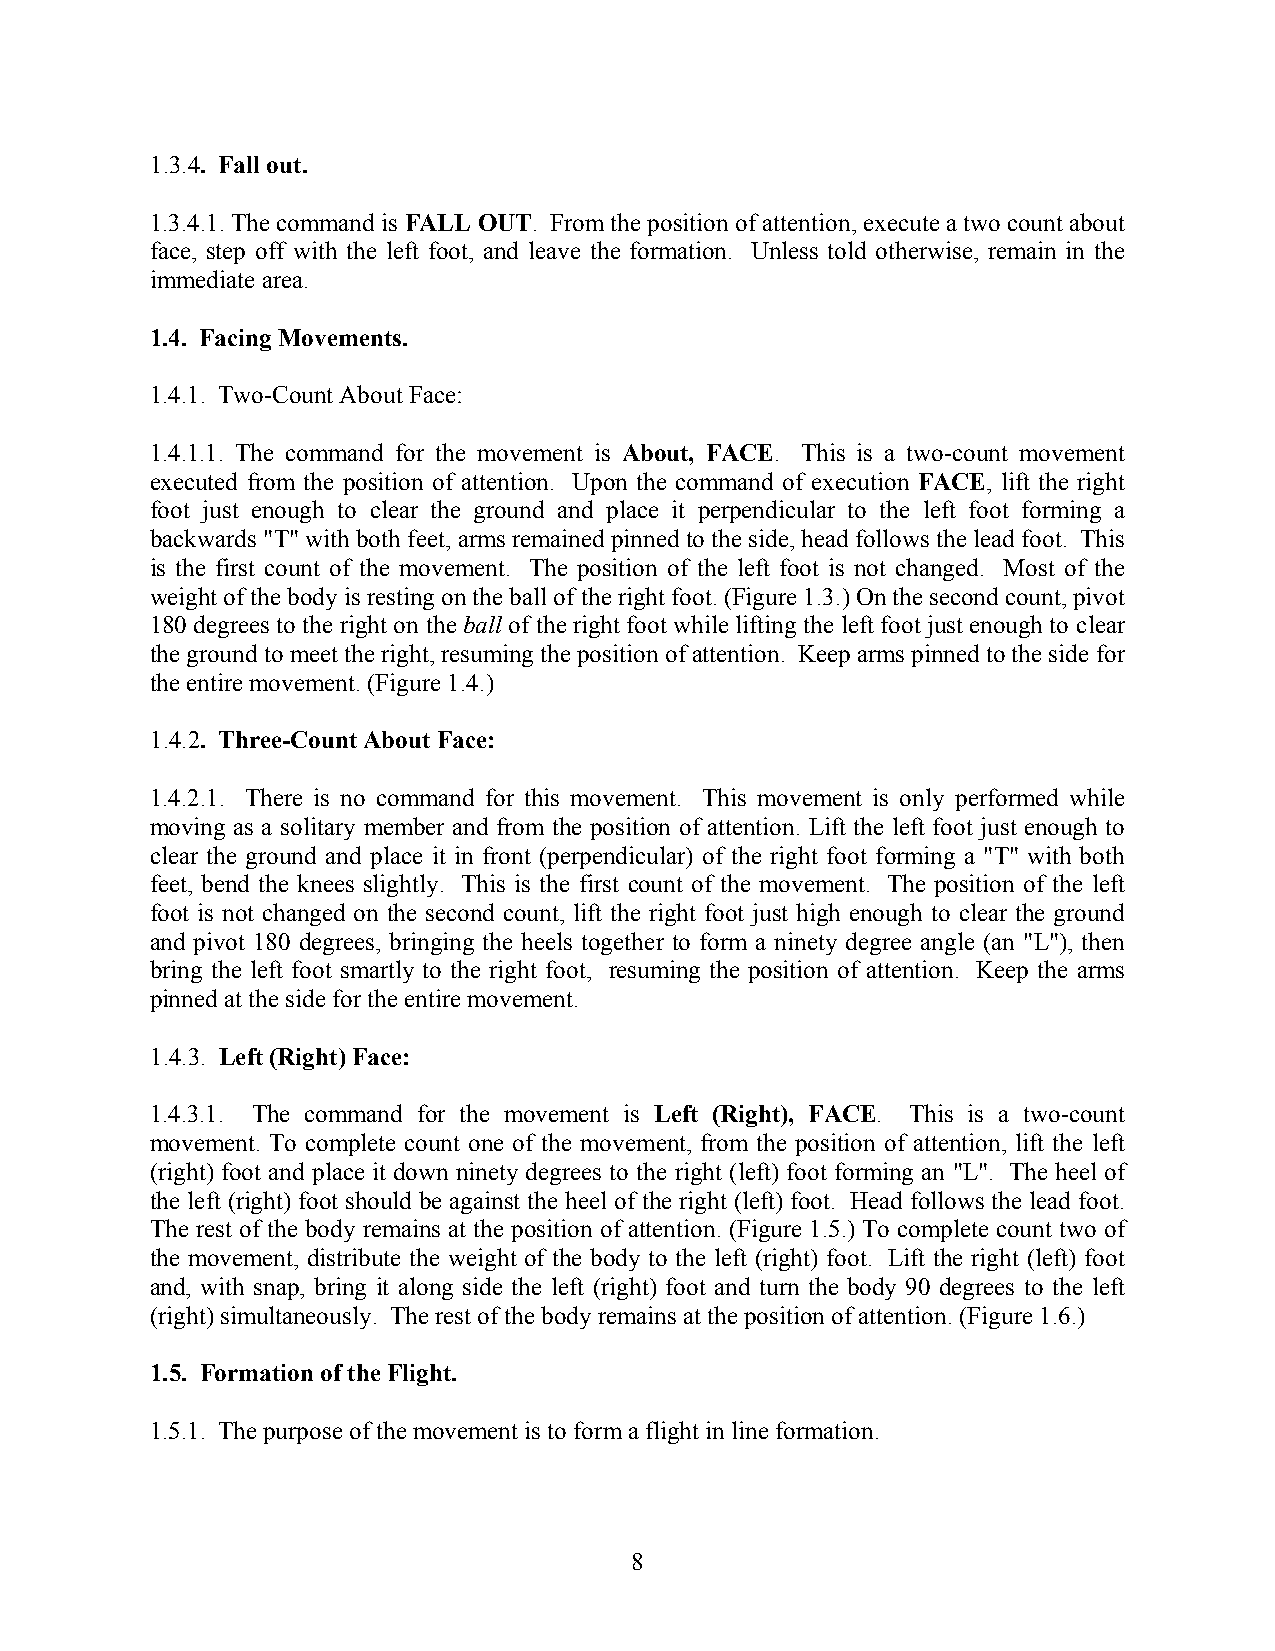
1.3.4. Fall out.
 1.3.4.1. The command is FALL OUT. From the position of attention, execute a two count about
 face, step off with the left foot, and leave the formation. Unless told otherwise, remain in the
 immediate area.
 1.4. Facing Movements.
 1.4.1. Two-Count About Face:
 1.4.1.1. The command for the movement is About, FACE. This is a two-count movement
 executed from the position of attention. Upon the command of execution FACE, lift the right
 foot just enough to clear the ground and place it perpendicular to the left foot forming a
 backwards "T" with both feet, arms remained pinned to the side, head follows the lead foot. This
 is the first count of the movement. The position of the left foot is not changed. Most of the
 weight of the body is resting on the ball of the right foot. (Figure 1.3.) On the second count, pivot
 180 degrees to the right on the ball of the right foot while lifting the left foot just enough to clear
 the ground to meet the right, resuming the position of attention. Keep arms pinned to the side for
 the entire movement. (Figure 1.4.)
 1.4.2. Three-Count About Face:
 1.4.2.1. There is no command for this movement. This movement is only performed while
 moving as a solitary member and from the position of attention. Lift the left foot just enough to
 clear the ground and place it in front (perpendicular) of the right foot forming a "T" with both
 feet, bend the knees slightly. This is the first count of the movement. The position of the left
 foot is not changed on the second count, lift the right foot just high enough to clear the ground
 and pivot 180 degrees, bringing the heels together to form a ninety degree angle (an "L"), then
 bring the left foot smartly to the right foot, resuming the position of attention. Keep the arms
 pinned at the side for the entire movement.
 1.4.3. Left (Right) Face:
 1.4.3.1. The command for the movement is Left (Right), FACE. This is a two-count
 movement. To complete count one of the movement, from the position of attention, lift the left
 (right) foot and place it down ninety degrees to the right (left) foot forming an "L". The heel of
 the left (right) foot should be against the heel of the right (left) foot. Head follows the lead foot.
 The rest of the body remains at the position of attention. (Figure 1.5.) To complete count two of
 the movement, distribute the weight of the body to the left (right) foot. Lift the right (left) foot
 and, with snap, bring it along side the left (right) foot and turn the body 90 degrees to the left
 (right) simultaneously. The rest of the body remains at the position of attention. (Figure 1.6.)
 1.5. Formation of the Flight.
 1.5.1. The purpose of the movement is to form a flight in line formation.
 8